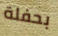
بحفلة